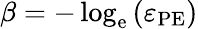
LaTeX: \beta=-\log_{\mathrm{e}}\left(\varepsilon_{\mathrm{PE}}\right)